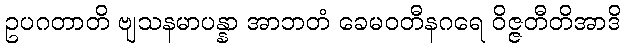
ဥပဂတာတိ ဗျသနမာပန္နာ အာဘတံ ခေမဝတီနဂရေ ဝိဇ္ဇတီတိအာဒိ